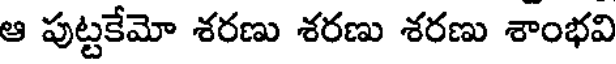
ఆ పుట్టకేమో శరణు శరణు శరణు శాంభవి